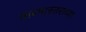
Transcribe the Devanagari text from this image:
तारमास्तराच्या